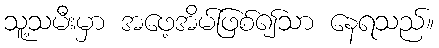
သူ့သမီးမှာ အဖေ့အိမ်ဖြစ်၍သာ နေရသည်။